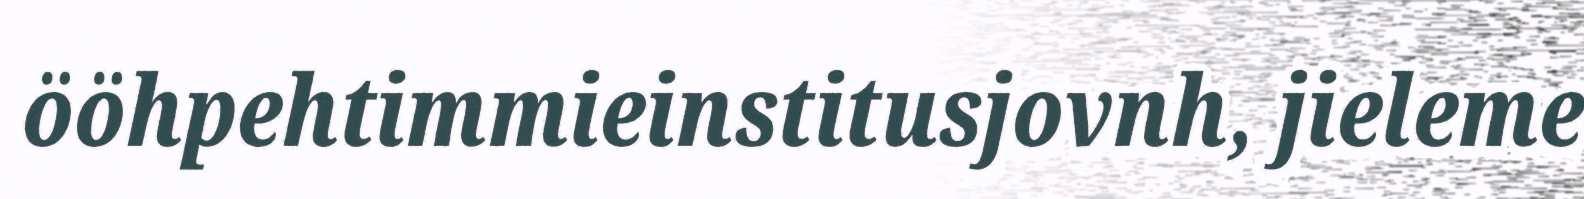
ööhpehtimmieinstitusjovnh, jieleme